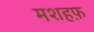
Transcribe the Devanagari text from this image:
मशहफ़